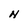
Character: N